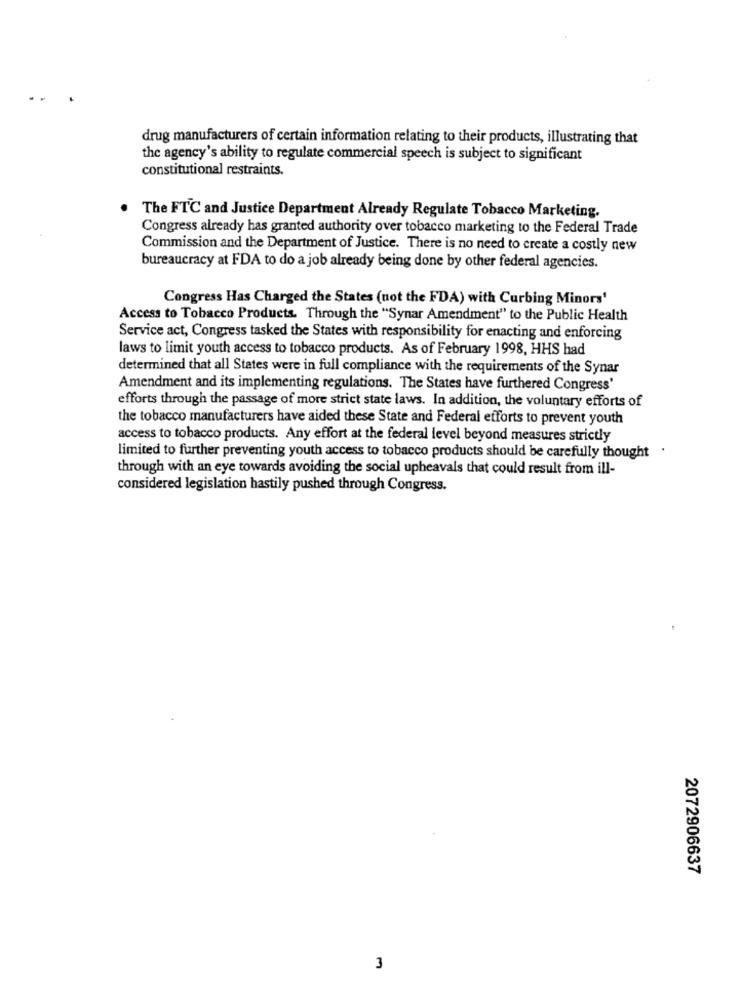
drug manufacturers of certain information relating to their products, illustrating that
the agency's ability to regulate commercial speech is subject to significant
constitutional restraints.
The FTC and Justice Department Already Regulate Tobacco Marketing.
Congress already has granted authority over tobacco marketing to the Federal Trade
Commission and the Department of Justice. There is no need to create a costly new
bureaucracy at FDA to do a job already being done by other federal agencies.
Congress Has Charged the States (not the FDA) with Curbing Minors'
Access to Tobacco Products. Through the "Synar Amendment" to the Public Health
Service act, Congress tasked the States with responsibility for enacting and enforcing
laws to limit youth access to tobacco products. As of February 1998, HHS had
determined that all States were in full compliance with the requirements of the Synar
Amendment and its implementing regulations. The States have furthered Congress'
efforts through the passage of more strict state laws. In addition, the voluntary efforts of
the tobacco manufacturers have aided these State and Federal efforts to prevent youth
access to tobacco products. Any effort at the federal level beyond measures strictly
limited to further preventing youth access to tobacco products should be carefully thought '
through with an eye towards avoiding the social upheavals that could result from ill-
considered legislation hastily pushed through Congress.
2072906637
3